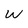
Character: w